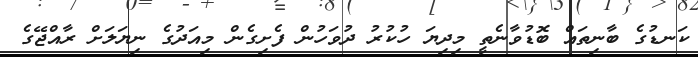
ކަނޑުގެ ބާނިތައް ބޮޑުވާނެތީ މިދިޔަ ހުކުރު ދުވަހުން ފެށިގެން މިއަދުގެ ނިޔަލަށް ރާއްޖޭގެ